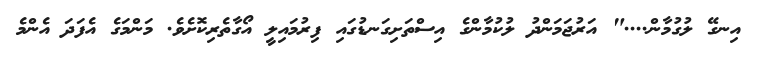
އިނގޭ ލުގުމާން...." އަރުޖަމަންދު ލުކުމާންގެ އިސްތަށިގަނޑުގައި ފިރުމައިލީ އޯގާތެރިކޮށެވެ. މަންމަގެ އެފަދަ އެންމެ